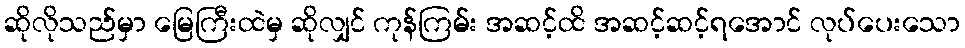
ဆိုလိုသည်မှာ မြေကြီးထဲမှ ဆိုလျှင် ကုန်ကြမ်း အဆင့်ထိ အဆင့်ဆင့်ရအောင် လုပ်ပေးသော